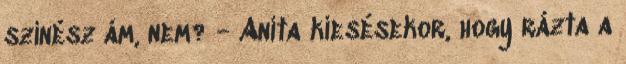
színész ám, nem? - Anita kiesésekor, hogy rázta a